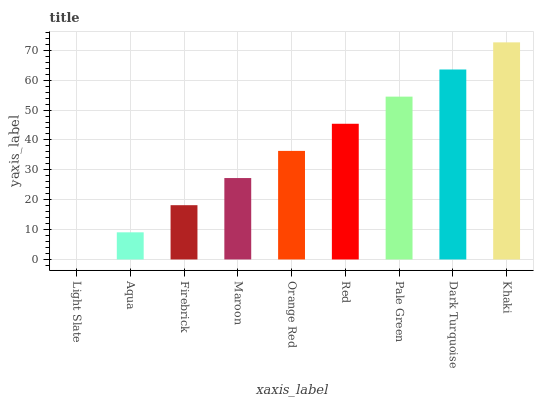
| xaxis_label | bars |
 | --- | --- |
 | Light Slate | 0 |
 | Aqua | 9.08 |
 | Firebrick | 18.2 |
 | Maroon | 27.2 |
 | Orange Red | 36.3 |
 | Red | 45.4 |
 | Pale Green | 54.5 |
 | Dark Turquoise | 63.6 |
 | Khaki | 72.7 |